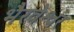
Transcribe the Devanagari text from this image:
भैरवेश्वर